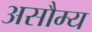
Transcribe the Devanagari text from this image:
असौम्य